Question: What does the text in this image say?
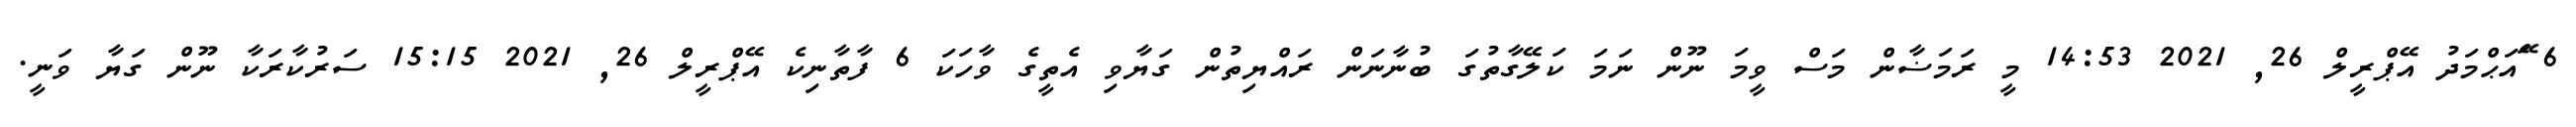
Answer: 6 ޭައަޙްމަދު އޭޕްރީލް 26, 2021 14:53 މީ ރަމަޟާން މަސް ވީމަ ނޫން ނަމަ ކަލޭގާތުގަ ބުނާނަން ރައްޔިތުން ގަޔާވި އެތީގެ ވާހަކަ 6 ފާތާނިކެ އޭޕްރީލް 26, 2021 15:15 ސަރުކާރަކާ ނޫން ގަޔާ ވަނީ.